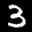
Label: 3